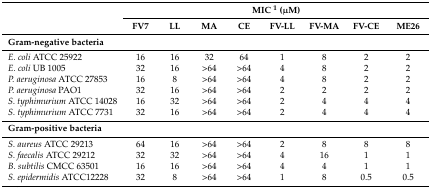
<table><thead><tr><td rowspan="2"></td><td colspan="8"><b>MIC <sup>1</sup> (μM)</b></td></tr><tr><td><b>FV7</b></td><td><b>LL</b></td><td><b>MA</b></td><td><b>CE</b></td><td><b>FV-LL</b></td><td><b>FV-MA</b></td><td><b>FV-CE</b></td><td><b>ME26</b></td></tr></thead><tbody><tr><td colspan="9"><b>Gram-negative bacteria</b></td></tr><tr><td><i>E. coli</i> ATCC 25922</td><td>16</td><td>16</td><td>32</td><td>64</td><td>1</td><td>8</td><td>2</td><td>2</td></tr><tr><td><i>E. coli</i> UB 1005</td><td>32</td><td>16</td><td>&gt;64</td><td>&gt;64</td><td>4</td><td>8</td><td>2</td><td>2</td></tr><tr><td><i>P. aeruginosa</i> ATCC 27853</td><td>16</td><td>8</td><td>&gt;64</td><td>&gt;64</td><td>4</td><td>8</td><td>2</td><td>2</td></tr><tr><td><i>P. aeruginosa</i> PAO1</td><td>32</td><td>16</td><td>&gt;64</td><td>&gt;64</td><td>2</td><td>2</td><td>2</td><td>2</td></tr><tr><td><i>S. typhimurium</i> ATCC 14028</td><td>16</td><td>32</td><td>&gt;64</td><td>&gt;64</td><td>2</td><td>4</td><td>4</td><td>4</td></tr><tr><td><i>S. typhimurium</i> ATCC 7731</td><td>32</td><td>16</td><td>&gt;64</td><td>&gt;64</td><td>2</td><td>4</td><td>4</td><td>4</td></tr><tr><td colspan="9"><b>Gram-positive bacteria</b></td></tr><tr><td><i>S. aureus</i> ATCC 29213</td><td>64</td><td>16</td><td>&gt;64</td><td>&gt;64</td><td>2</td><td>8</td><td>8</td><td>8</td></tr><tr><td><i>S. faecalis</i> ATCC 29212</td><td>32</td><td>32</td><td>&gt;64</td><td>&gt;64</td><td>4</td><td>16</td><td>1</td><td>1</td></tr><tr><td><i>B. subtilis</i> CMCC 63501</td><td>16</td><td>16</td><td>&gt;64</td><td>&gt;64</td><td>4</td><td>4</td><td>1</td><td>1</td></tr><tr><td><i>S. epidermidis</i> ATCC12228</td><td>32</td><td>8</td><td>&gt;64</td><td>&gt;64</td><td>1</td><td>8</td><td>0.5</td><td>0.5</td></tr></tbody></table>